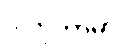
ဒါတုကာမာ